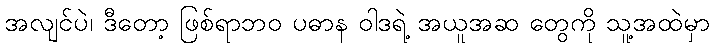
အလျင်ပဲ၊ ဒီတော့ ဖြစ်ရာဘဝ ပဓာန ဝါဒရဲ့ အယူအဆ တွေကို သူ့အထဲမှာ